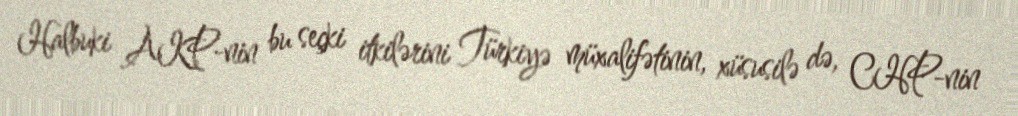
Halbuki AKP-nin bu seçki itkilərini Türkiyə müxalifətinin, xüsusilə də, CHP-nin